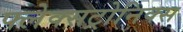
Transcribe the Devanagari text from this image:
फ्लेक्सट्रोनिक्स